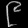
Digit: ၉